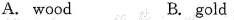
A. wood B. gold